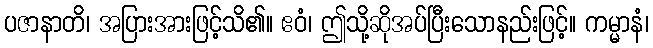
ပဇာနာတိ၊ အပြားအားဖြင့်သိ၏။ ဧဝံ၊ ဤသို့ဆိုအပ်ပြီးသောနည်းဖြင့်။ ကမ္မာနံ၊